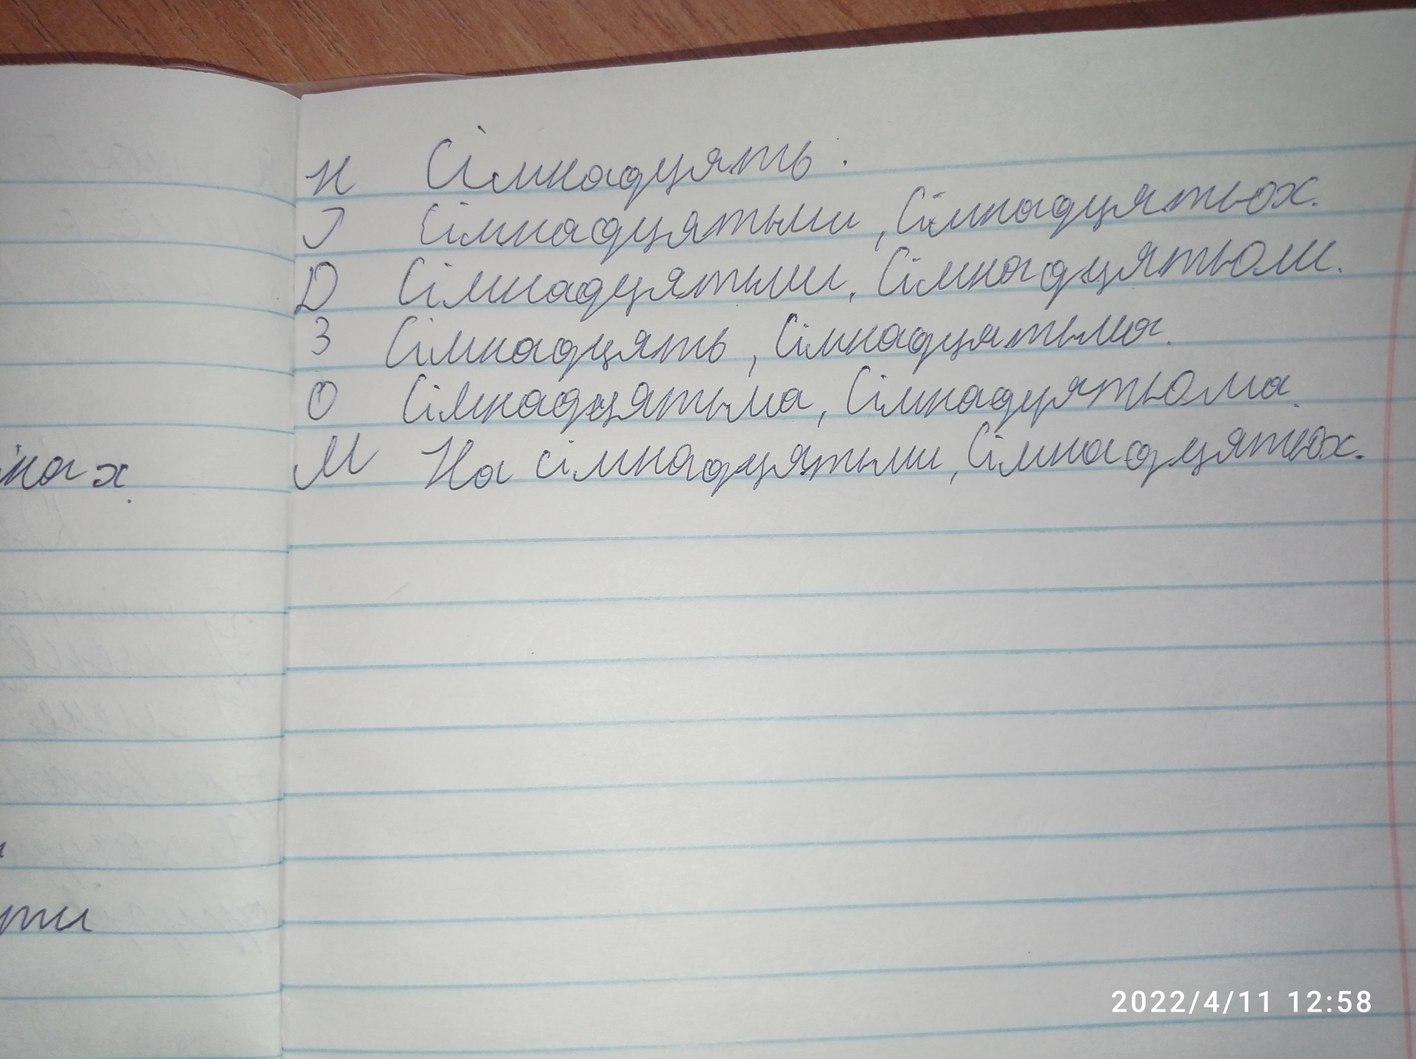
Н Сімнадцять.
Р. Сімнадцятьми, Сімнадцятьох.
Д Сімнадцятьми, Сімнадцятьом.
3 Сімнадцять, Сімнадцятьма.
О Сімнадцятьма, Сімнадцятьома.
М На сімнадцятьми, Сімнадцятьох.